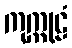
ကုက္ကုဠံ